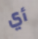
أي